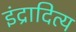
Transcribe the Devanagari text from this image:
इंद्रादित्य